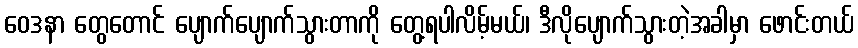
ဝေဒနာ တွေတောင် ပျောက်ပျောက်သွားတာကို တွေ့ရပါလိမ့်မယ်၊ ဒီလိုပျောက်သွားတဲ့အခါမှာ ဖောင်းတယ်